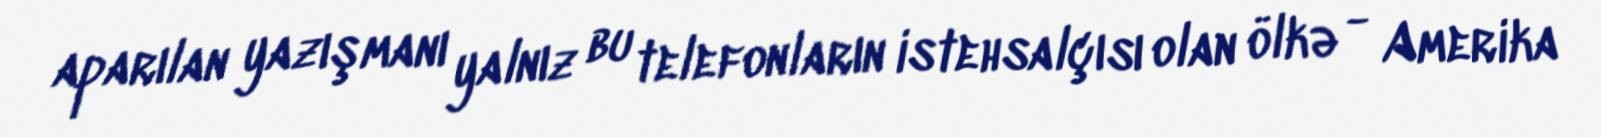
aparılan yazışmanı yalnız bu telefonların istehsalçısı olan ölkə - Amerika